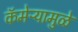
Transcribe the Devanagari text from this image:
कॅमेऱ्यामुळे